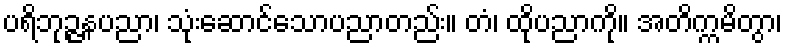
ပရိဘုဉ္ဇနပညာ၊ သုံးဆောင်သောပညာတည်း။ တံ၊ ထိုပညာကို။ အတိက္ကမိတွာ၊